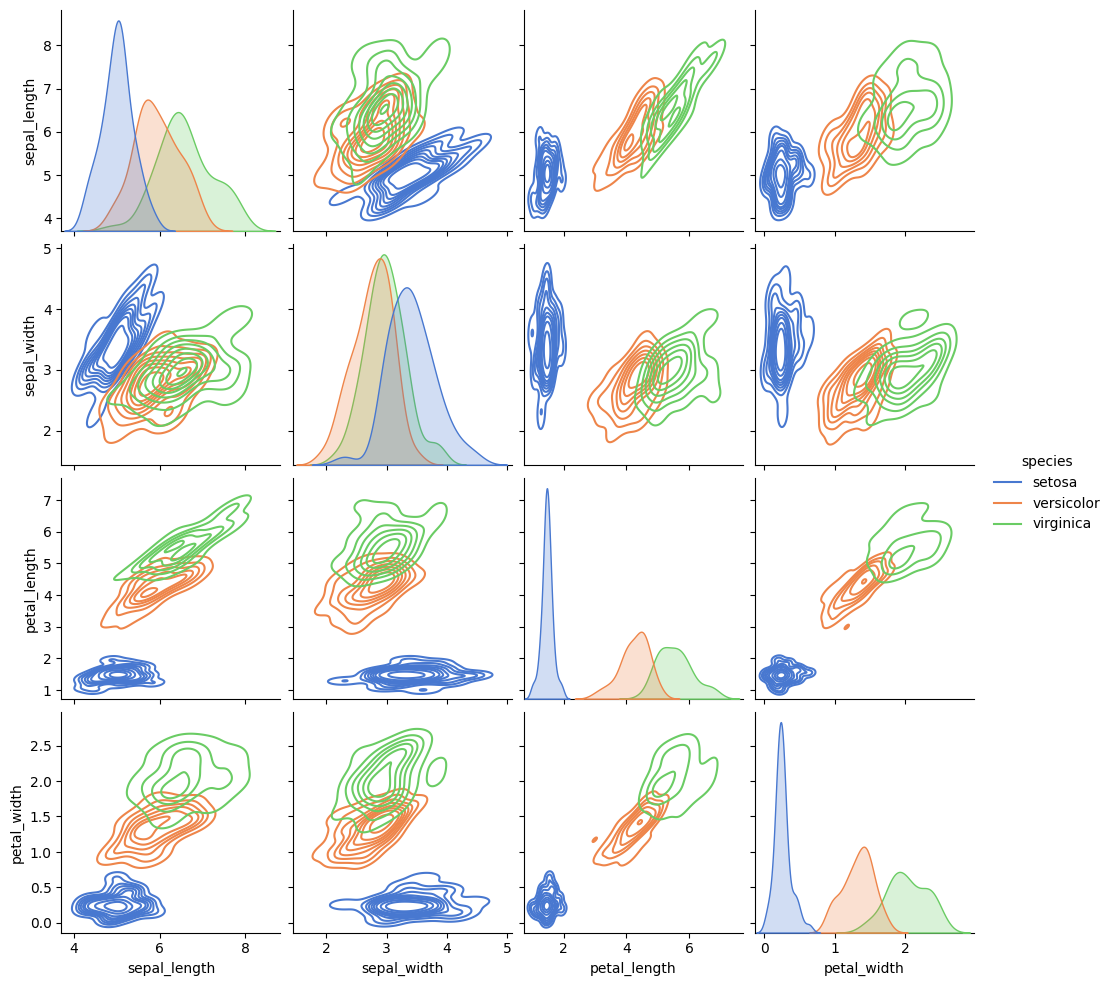
python, seaborn, pairplot, palette='muted', markers=['o'], kind='kde', diag_kind='auto'